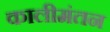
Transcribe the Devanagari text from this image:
कालीमंतन